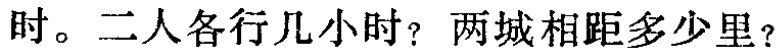
时。二人各行几小时？两城相距多少里？